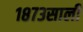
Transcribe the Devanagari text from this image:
१८७३साली